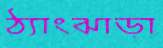
ঠ্যাংঝাড়া